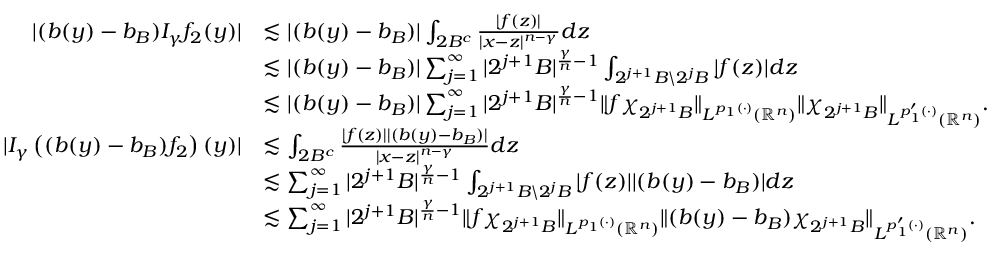
\begin{array} { r l } { | ( b ( y ) - b _ { B } ) I _ { \gamma } f _ { 2 } ( y ) | } & { \lesssim | ( b ( y ) - b _ { B } ) | \int _ { 2 B ^ { c } } \frac { | f ( z ) | } { | x - z | ^ { n - \gamma } } d z } \\ & { \lesssim | ( b ( y ) - b _ { B } ) | \sum _ { j = 1 } ^ { \infty } | 2 ^ { j + 1 } B | ^ { \frac { \gamma } { n } - 1 } \int _ { 2 ^ { j + 1 } B \backslash 2 ^ { j } B } | f ( z ) | d z } \\ & { \lesssim | ( b ( y ) - b _ { B } ) | \sum _ { j = 1 } ^ { \infty } | 2 ^ { j + 1 } B | ^ { \frac { \gamma } { n } - 1 } \| f \chi _ { 2 ^ { j + 1 } B } \| _ { L ^ { p _ { 1 } ( \cdot ) } ( \mathbb { R } ^ { n } ) } \| \chi _ { 2 ^ { j + 1 } B } \| _ { L ^ { p _ { 1 } ^ { \prime } ( \cdot ) } ( \mathbb { R } ^ { n } ) } . } \\ { | I _ { \gamma } \left( ( b ( y ) - b _ { B } ) f _ { 2 } \right) ( y ) | } & { \lesssim \int _ { 2 B ^ { c } } \frac { | f ( z ) | | ( b ( y ) - b _ { B } ) | } { | x - z | ^ { n - \gamma } } d z } \\ & { \lesssim \sum _ { j = 1 } ^ { \infty } | 2 ^ { j + 1 } B | ^ { \frac { \gamma } { n } - 1 } \int _ { 2 ^ { j + 1 } B \backslash 2 ^ { j } B } | f ( z ) | | ( b ( y ) - b _ { B } ) | d z } \\ & { \lesssim \sum _ { j = 1 } ^ { \infty } | 2 ^ { j + 1 } B | ^ { \frac { \gamma } { n } - 1 } \| f \chi _ { 2 ^ { j + 1 } B } \| _ { L ^ { p _ { 1 } ( \cdot ) } ( \mathbb { R } ^ { n } ) } \| ( b ( y ) - b _ { B } ) \chi _ { 2 ^ { j + 1 } B } \| _ { L ^ { p _ { 1 } ^ { \prime } ( \cdot ) } ( \mathbb { R } ^ { n } ) } . } \end{array}